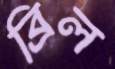
ব্রিল